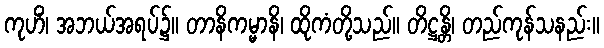
ကုဟိံ၊ အဘယ်အရပ်၌။ တာနိကမ္မာနိ၊ ထိုကံတို့သည်။ တိဋ္ဌန္တိ၊ တည်ကုန်သနည်း။